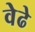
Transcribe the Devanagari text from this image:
वेढे